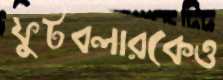
ফুটবলারকেও